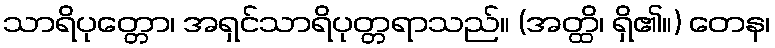
သာရိပုတ္တော၊ အရှင်သာရိပုတ္တရာသည်။ (အတ္ထိ၊ ရှိ၏။) တေန၊